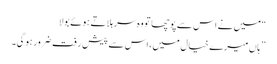
“ میں نے اس سے پوچھا تو وہ سر ہلاتے ہوئے بولا
” ہاں میرے خیال میں، اس سے پیش رفت ضرور ہوگی۔